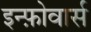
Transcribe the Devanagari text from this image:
इन्फ़ोवार्स